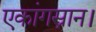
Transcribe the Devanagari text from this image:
एकांगस्नान।